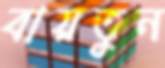
বায়তুন